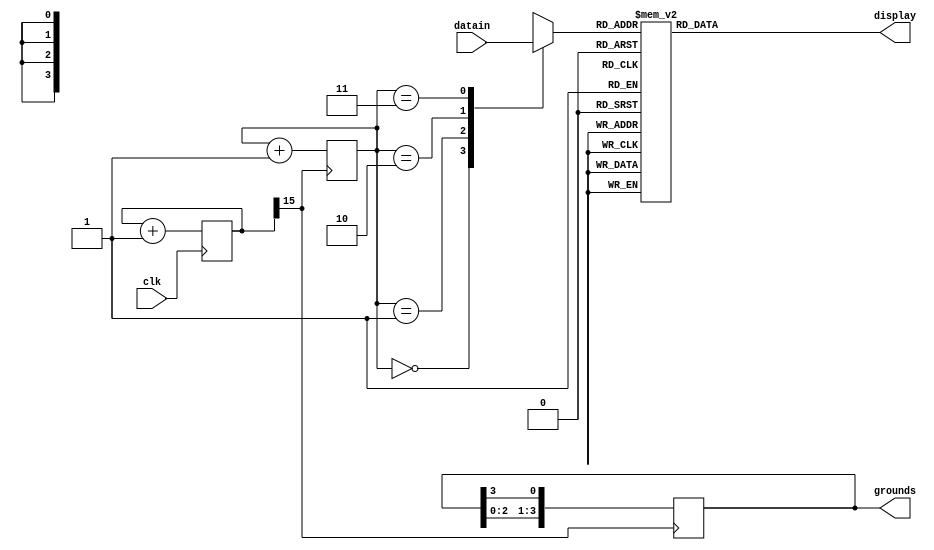
module sevensegment(datain, grounds, display, clk);

	input wire [15:0] datain;
	output reg [3:0] grounds;
	output reg [6:0] display;
	input clk;
	
	reg [3:0] data [3:0];
	reg [1:0] count;
	reg [25:0] clk1;
	
	always @(posedge clk1[15])
		begin
			grounds <= {grounds[2:0],grounds[3]};
			count <= count + 1;
		end
	
	always @(posedge clk)
		clk1 <= clk1 + 1;
	
	always @(*)
		case(data[count])	
			0:display=7'b1111110; //starts with a, ends with g
			1:display=7'b0110000;
			2:display=7'b1101101;
			3:display=7'b1111001;
			4:display=7'b0110011;
			5:display=7'b1011011;
			6:display=7'b1011111;
			7:display=7'b1110000;
			8:display=7'b1111111;
			9:display=7'b1111011;
			'ha:display=7'b1110111;
			'hb:display=7'b0011111;
			'hc:display=7'b1001110;
			'hd:display=7'b0111101;
			'he:display=7'b1001111;
			'hf:display=7'b1000111;
			default display=7'b1111111;
		endcase
	
	always @*
		begin
			data[0] = datain[15:12];
			data[1] = datain[11:8];
			data[2] = datain[7:4];
			data[3] = datain[3:0];
		end
	
	initial begin		
		count = 2'b0;
		grounds = 4'b1110;
		clk1 = 0;
	end
endmodule